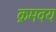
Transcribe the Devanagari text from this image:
क्रमवय